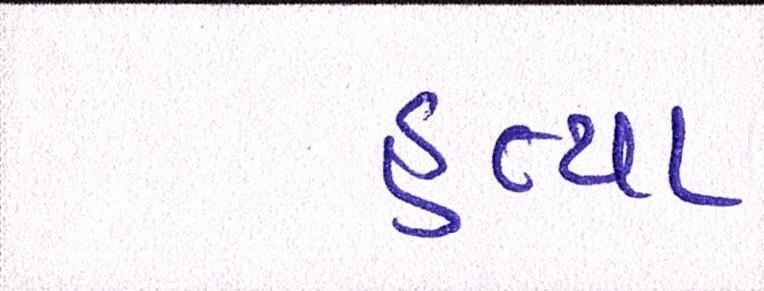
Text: હત્યા